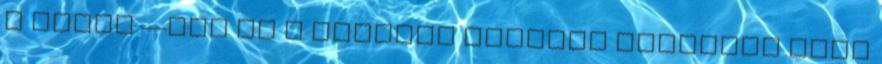
a célba —bár ez a ﬁzetett médiára ugyanúgy igaz